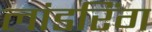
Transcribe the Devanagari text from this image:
लांडरिंग